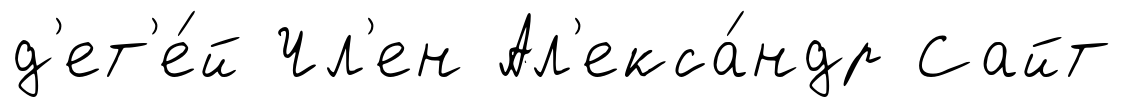
д'ет'е́й Чл'ен Ал'екса́ндр Сайт